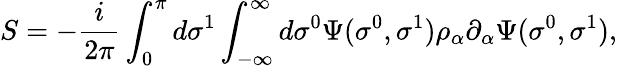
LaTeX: S=-\frac{i}{2\pi}\int_{0}^{\pi}d\sigma^{1}\int_{-\infty}^{\infty}d\sigma^{0}\Psi(\sigma^{0},\sigma^{1})\rho_{\alpha}\partial_{\alpha}\Psi(\sigma^{0},\sigma^{1}),